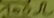
Text: 100Ω